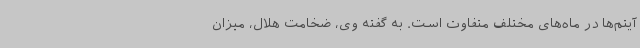
آیتم‌ها در ماه‌های مختلف متفاوت است. به گفته وی، ضخامت هلال، میزان